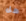
هل